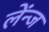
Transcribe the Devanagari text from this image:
लेंन्ज